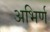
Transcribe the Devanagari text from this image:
अभिर्ण